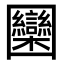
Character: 圞